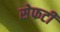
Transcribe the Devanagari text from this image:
सेफटी